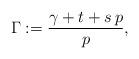
LaTeX: \begin{align*}\Gamma:=\frac{\gamma+t+s\,p}{p},\end{align*}